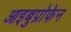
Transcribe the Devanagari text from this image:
आइबुप्रोफेन